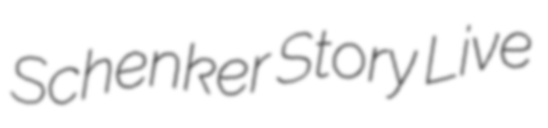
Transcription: Schenker Story Live